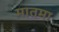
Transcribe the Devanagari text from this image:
मातमा